38_143685_box_Incident_Summaries_173-233
Agency: Department of War
Page 90
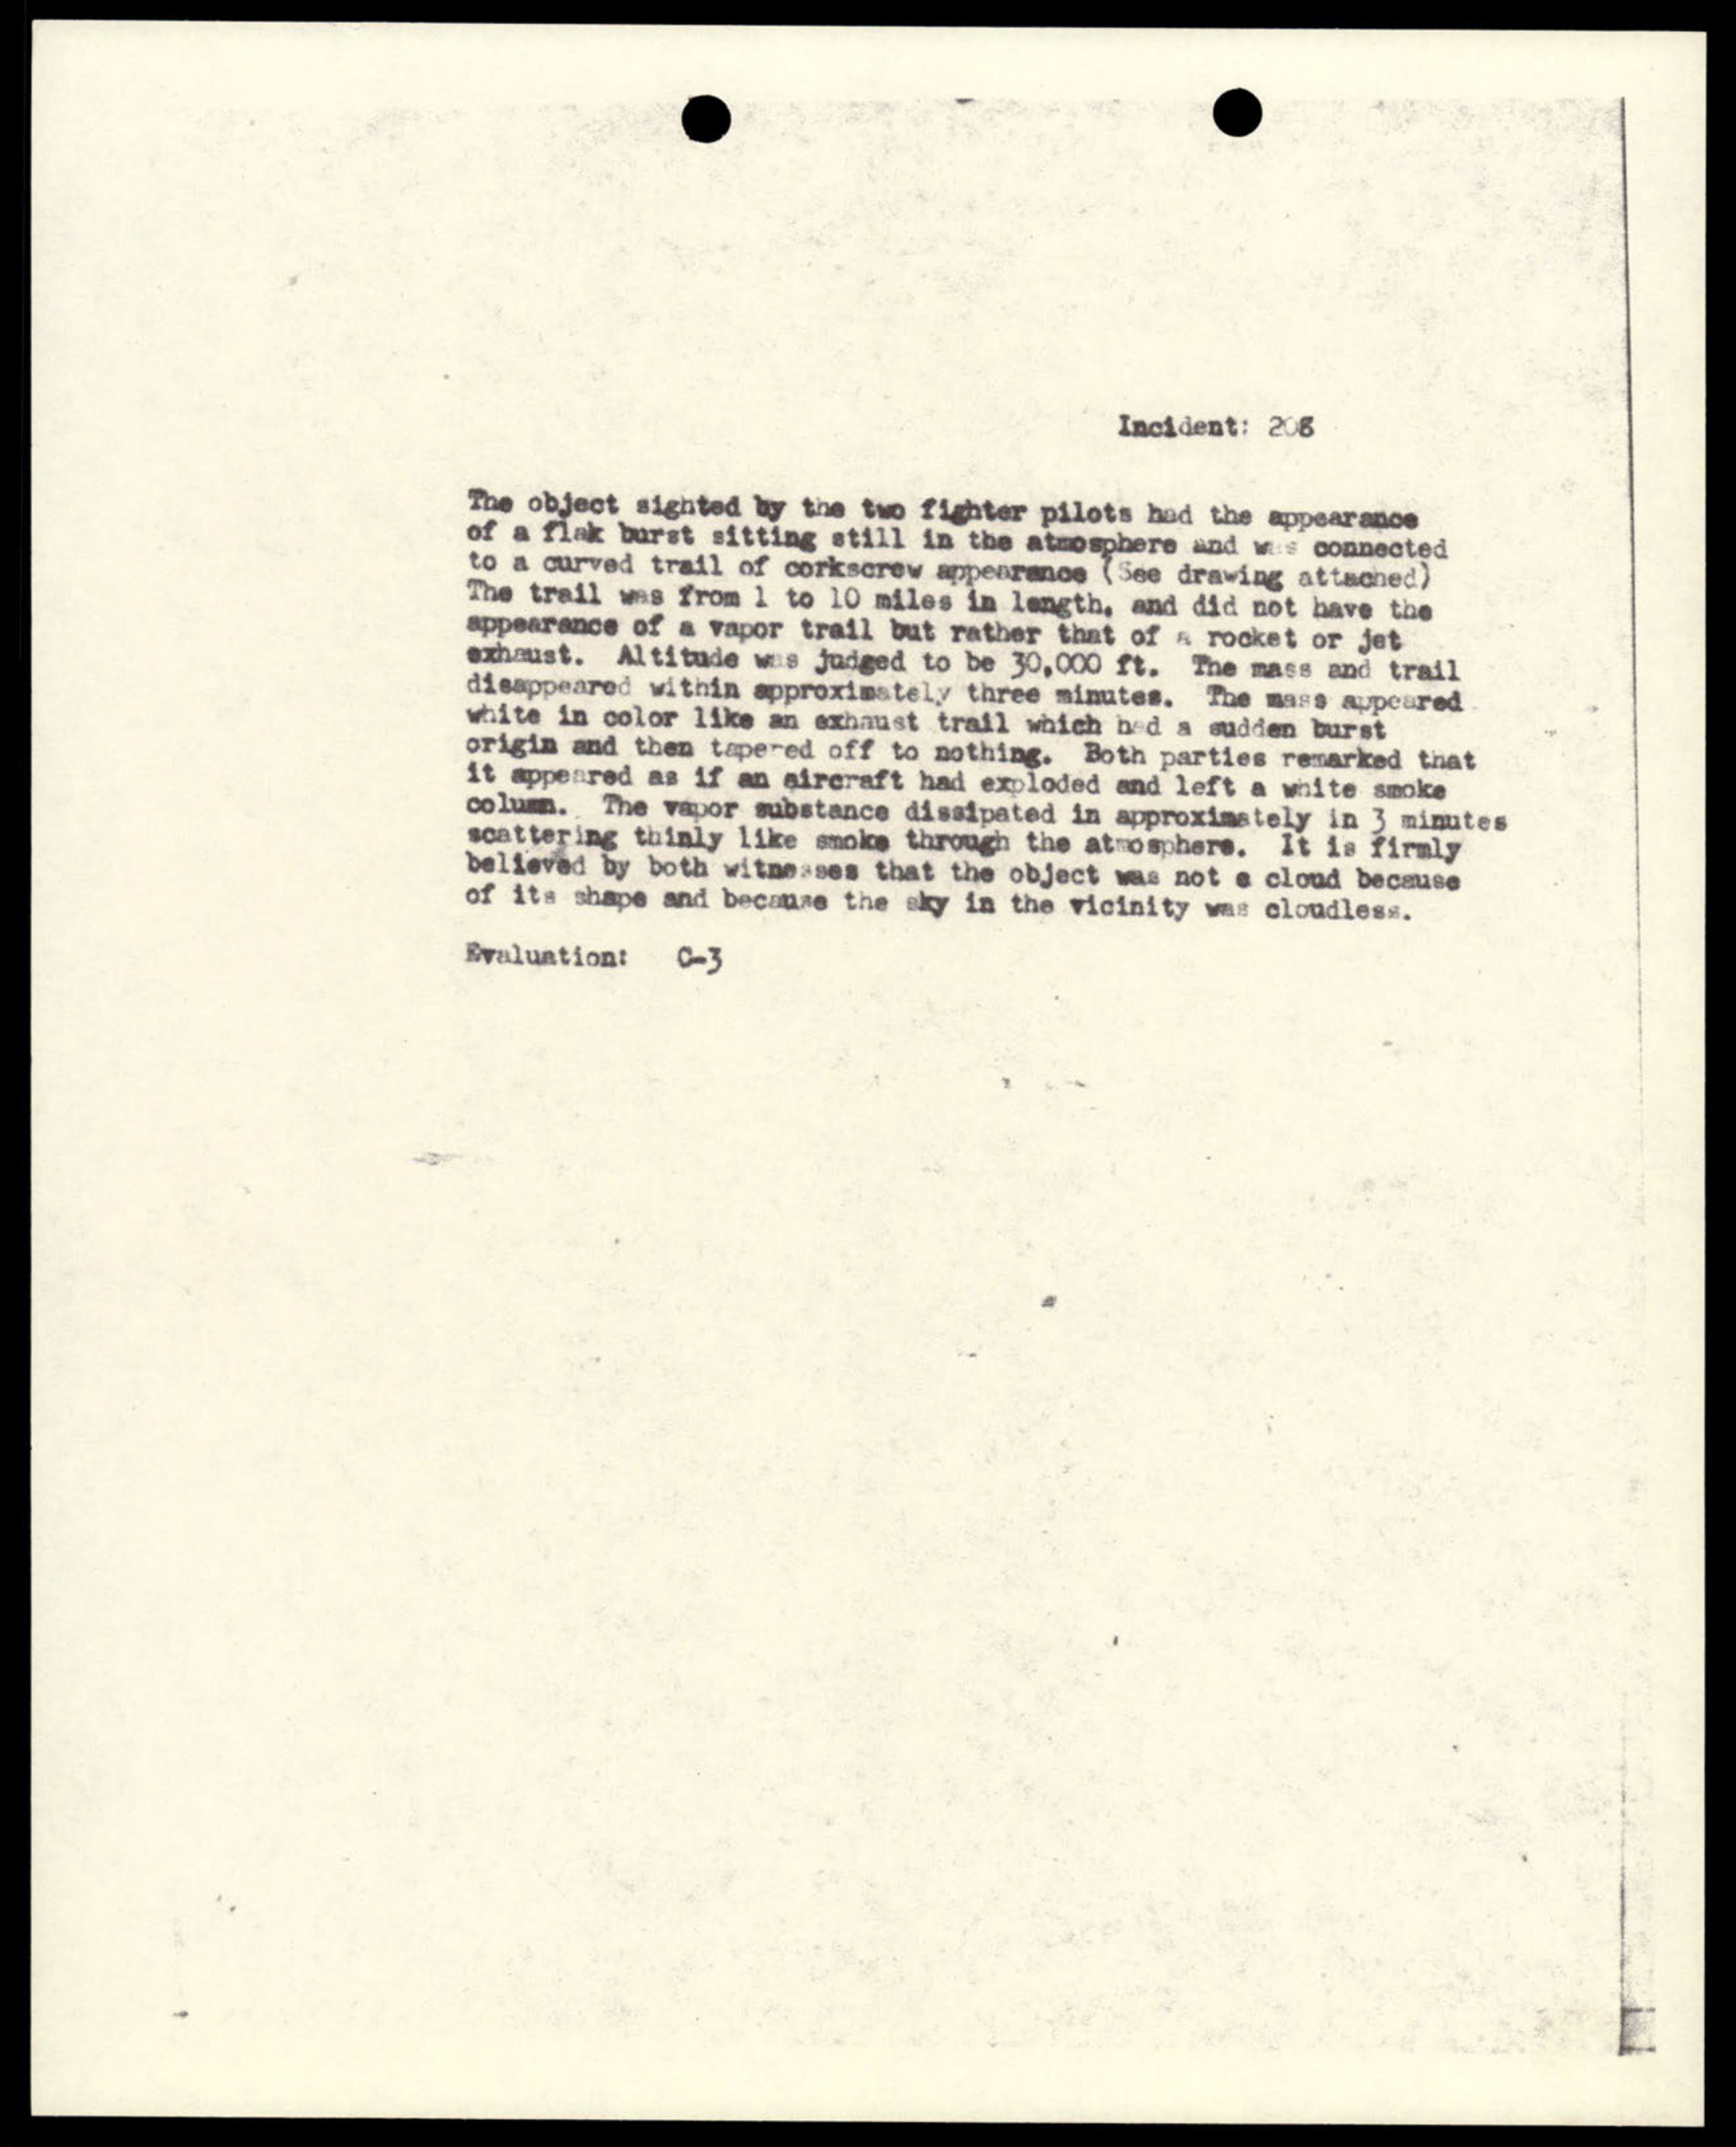